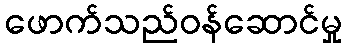
ဖောက်သည်ဝန်ဆောင်မှု